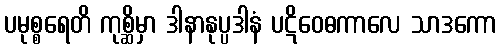
ပမုစ္စရေတိ ကုစ္ဆိမှာ ဒါနာနုပ္ပဒါနံ ပဋိဝေဓကာလေ သာဒကော